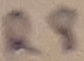
Text: R8